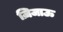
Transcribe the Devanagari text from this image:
ज़िजाऊ